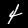
Label: 4